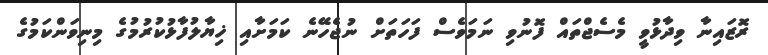
ރޮޒައިނާ ވިދާޅުވީ މެސެޖްތައް ފޮނުވި ނަމަވެސް ފަހަތަށް ނުޖެހޭނެ ކަމަށާއި ޚިޔާލުފާޅުކުރުމުގެ މިނިވަންކަމުގެ